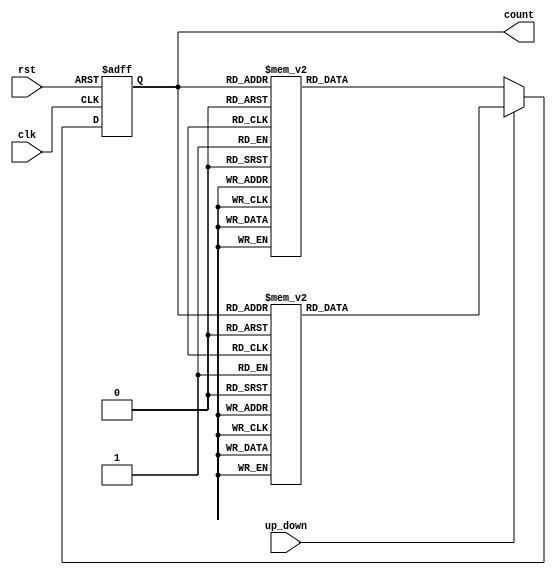
module GrayCounter(
    input clk,          // clock input
    input rst,          // reset input
    input up_down,      // up/down control input
    output reg [3:0] count    // 4-bit Gray code output
);

reg [3:0] next_count;

always @(posedge clk or posedge rst) begin
    if (rst) begin
        count <= 4'b0000;
    end else begin
        if (up_down) begin  // count up
            case (count)
                4'b0000: next_count = 4'b0001;
                4'b0001: next_count = 4'b0011;
                4'b0011: next_count = 4'b0010;
                4'b0010: next_count = 4'b0110;
                4'b0110: next_count = 4'b0111;
                4'b0111: next_count = 4'b0101;
                4'b0101: next_count = 4'b0100;
                4'b0100: next_count = 4'b1100;
                4'b1100: next_count = 4'b1101;
                4'b1101: next_count = 4'b1111;
                4'b1111: next_count = 4'b1110;
                4'b1110: next_count = 4'b1010;
                4'b1010: next_count = 4'b1011;
                4'b1011: next_count = 4'b1001;
                4'b1001: next_count = 4'b1000;
                4'b1000: next_count = 4'b0000;
                default: next_count = 4'b0000;
            endcase
        end else begin  // count down
            case (count)
                4'b0000: next_count = 4'b1000;
                4'b1000: next_count = 4'b1001;
                4'b1001: next_count = 4'b1011;
                4'b1011: next_count = 4'b1010;
                4'b1010: next_count = 4'b1110;
                4'b1110: next_count = 4'b1111;
                4'b1111: next_count = 4'b1101;
                4'b1101: next_count = 4'b1100;
                4'b1100: next_count = 4'b0100;
                4'b0100: next_count = 4'b0101;
                4'b0101: next_count = 4'b0111;
                4'b0111: next_count = 4'b0110;
                4'b0110: next_count = 4'b0010;
                4'b0010: next_count = 4'b0011;
                4'b0011: next_count = 4'b0001;
                4'b0001: next_count = 4'b0000;
                default: next_count = 4'b0000;
            endcase
        end
        count <= next_count;
    end
end

endmodule